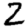
Digit: 2